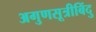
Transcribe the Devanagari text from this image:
अगुणसूत्रीबिंदु